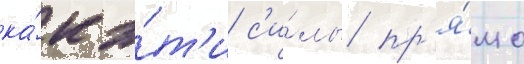
ка́к э́т'и с'и́лы пр'я́мо